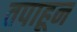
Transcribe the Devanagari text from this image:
तपाहून